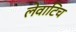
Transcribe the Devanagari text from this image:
लेवाटिच